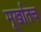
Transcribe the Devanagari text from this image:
मूर्खातच